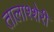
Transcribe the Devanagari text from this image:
तालाश्शेरी